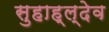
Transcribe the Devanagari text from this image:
सुहाह्ल्देव